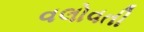
વલોવતી